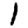
Digit: 1